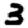
Digit: 3